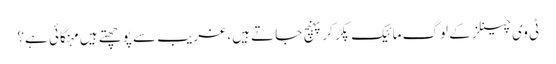
ٹی وی چینلز کے لوگ مائیک پکڑ کر پہنچ جاتے ہیں، غریب سے پوچھتے ہیں مہنگائی ہے؟